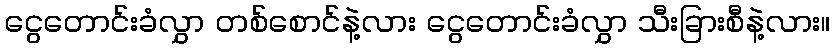
ငွေတောင်းခံလွှာ တစ်စောင်နဲ့လား ငွေတောင်းခံလွှာ သီးခြားစီနဲ့လား။